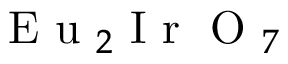
\mathrm { ~ E ~ u ~ } _ { 2 } \mathrm { ~ I ~ r ~ } \mathrm { ~ O ~ } _ { 7 }